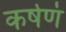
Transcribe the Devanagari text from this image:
कर्षणं